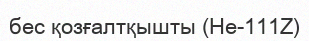
бес қозғалтқышты (He-111Z)